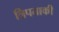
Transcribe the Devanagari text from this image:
त्रिपताकी